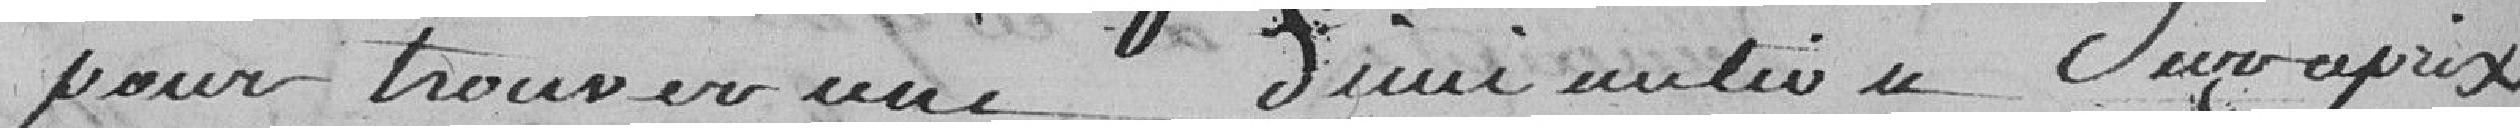
pour trouver une diminution de Son prix ,